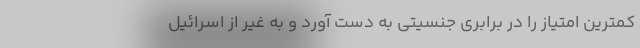
کمترین امتیاز را در برابری جنسیتی به دست آورد و به غیر از اسرائیل